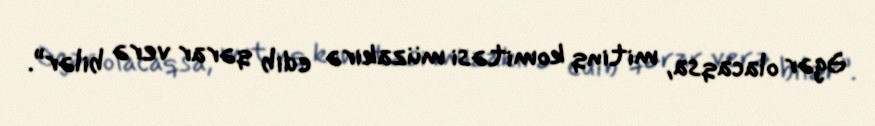
Əgər olacaqsa, mitinq komitəsi müzakirə edib qərar verə bilər”.